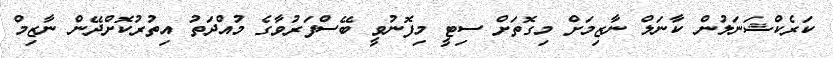
ކަރެކްޝަނަލުން ކާނަލް ނާޒިމަށް މިގޮތަށް ސިޓީ މިފޮނުވީ ބޭސްފަރުވާގެ މުއްދަތު އިތުރުކޮށްދޭން ނާޒިމް